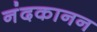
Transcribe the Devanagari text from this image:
नंदकानन